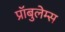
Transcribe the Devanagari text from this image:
प्रॉबुलेम्स